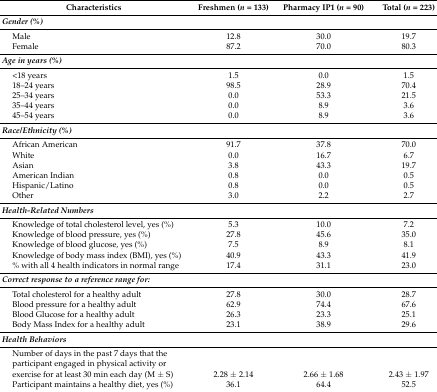
<table><thead><tr><td><b>Characteristics</b></td><td><b>Freshmen (<i>n</i> = 133)</b></td><td><b>Pharmacy IP1 (<i>n</i> = 90)</b></td><td><b>Total (<i>n</i> = 223)</b></td></tr></thead><tbody><tr><td><i><b>Gender (%)</b></i></td><td></td><td></td><td></td></tr><tr><td>Male</td><td>12.8</td><td>30.0</td><td>19.7</td></tr><tr><td>Female</td><td>87.2</td><td>70.0</td><td>80.3</td></tr><tr><td><i><b>Age in years (%)</b></i></td><td></td><td></td><td></td></tr><tr><td>&lt;18 years</td><td>1.5</td><td>0.0</td><td>1.5</td></tr><tr><td>18–24 years</td><td>98.5</td><td>28.9</td><td>70.4</td></tr><tr><td>25–34 years</td><td>0.0</td><td>53.3</td><td>21.5</td></tr><tr><td>35–44 years</td><td>0.0</td><td>8.9</td><td>3.6</td></tr><tr><td>45–54 years</td><td>0.0</td><td>8.9</td><td>3.6</td></tr><tr><td><i><b>Race/Ethnicity (%)</b></i></td><td></td><td></td><td></td></tr><tr><td>African American</td><td>91.7</td><td>37.8</td><td>70.0</td></tr><tr><td>White</td><td>0.0</td><td>16.7</td><td>6.7</td></tr><tr><td>Asian</td><td>3.8</td><td>43.3</td><td>19.7</td></tr><tr><td>American Indian</td><td>0.8</td><td>0.0</td><td>0.5</td></tr><tr><td>Hispanic/Latino</td><td>0.8</td><td>0.0</td><td>0.5</td></tr><tr><td>Other</td><td>3.0</td><td>2.2</td><td>2.7</td></tr><tr><td><i><b>Health-Related Numbers</b></i></td><td></td><td></td><td></td></tr><tr><td>Knowledge of total cholesterol level, yes (%)</td><td>5.3</td><td>10.0</td><td>7.2</td></tr><tr><td>Knowledge of blood pressure, yes (%)</td><td>27.8</td><td>45.6</td><td>35.0</td></tr><tr><td>Knowledge of blood glucose, yes (%)</td><td>7.5</td><td>8.9</td><td>8.1</td></tr><tr><td>Knowledge of body mass index (BMI), yes (%)</td><td>40.9</td><td>43.3</td><td>41.9</td></tr><tr><td>% with all 4 health indicators in normal range</td><td>17.4</td><td>31.1</td><td>23.0</td></tr><tr><td><i><b>Correct response to a reference range for:</b></i></td><td></td><td></td><td></td></tr><tr><td>Total cholesterol for a healthy adult</td><td>27.8</td><td>30.0</td><td>28.7</td></tr><tr><td>Blood pressure for a healthy adult</td><td>62.9</td><td>74.4</td><td>67.6</td></tr><tr><td>Blood Glucose for a healthy adult</td><td>26.3</td><td>23.3</td><td>25.1</td></tr><tr><td>Body Mass Index for a healthy adult</td><td>23.1</td><td>38.9</td><td>29.6</td></tr><tr><td><i><b>Health Behaviors</b></i></td><td></td><td></td><td></td></tr><tr><td>Number of days in the past 7 days that the participant engaged in physical activity or exercise for at least 30 min each day (M ± S)</td><td>2.28 ± 2.14</td><td>2.66 ± 1.68</td><td>2.43 ± 1.97</td></tr><tr><td>Participant maintains a healthy diet, yes (%)</td><td>36.1</td><td>64.4</td><td>52.5</td></tr></tbody></table>